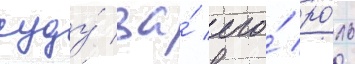
суду́ за́ его́ ро́ль